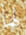
لها